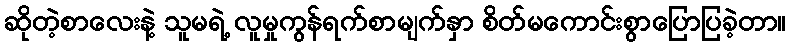
ဆိုတဲ့စာလေးနဲ့ သူမရဲ့ လူမှုကွန်ရက်စာမျက်နှာ စိတ်မကောင်းစွာပြောပြခဲ့တာ။